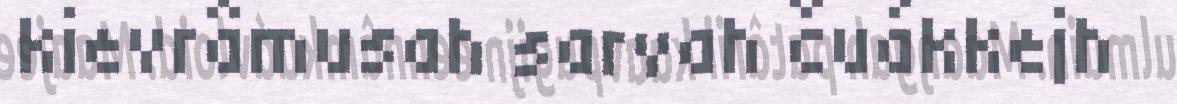
kievrâmusah sarvah čuákkejh